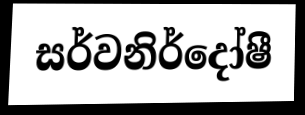
සර්වනිර්දෝෂී